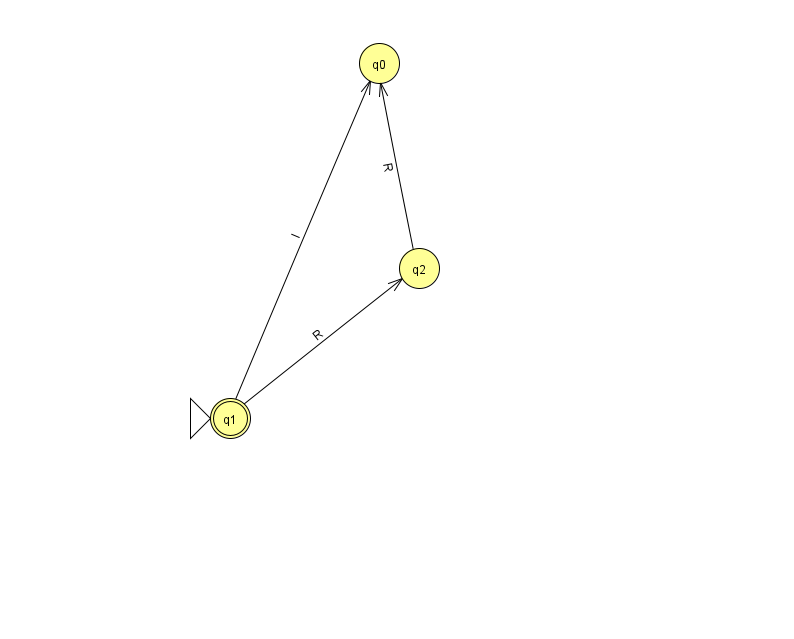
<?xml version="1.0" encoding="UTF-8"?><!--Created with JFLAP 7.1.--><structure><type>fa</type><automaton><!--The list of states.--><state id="0" name="q0"><x>379.0</x><y>50.0</y></state><state id="1" name="q1"><x>230.0</x><y>405.0</y><initial/><final/></state><state id="2" name="q2"><x>419.0</x><y>255.0</y></state><!--The list of transitions.--><transition><from>1</from><to>2</to><read>R</read></transition><transition><from>1</from><to>0</to><read>I</read></transition><transition><from>2</from><to>0</to><read>R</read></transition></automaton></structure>